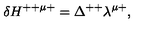
\delta H ^ { + + \mu + } = \Delta ^ { + + } \lambda ^ { \mu + } ,